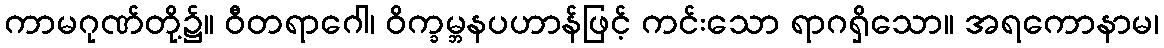
ကာမဂုဏ်တို့၌။ ဝီတရာဂေါ၊ ဝိက္ခမ္ဘနပဟာန်ဖြင့် ကင်းသော ရာဂရှိသော။ အရကောနာမ၊